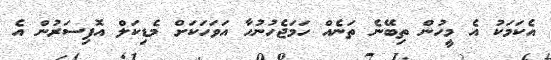
އެކަމަކު އެ މީހުން ތިބޭނެ ތަނެއް ހަމަޖެހުނުހާ އަވަހަކަށް މެޑިކަލް އޮފިސަރުން އެ